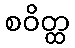
စဝိတ္ထ